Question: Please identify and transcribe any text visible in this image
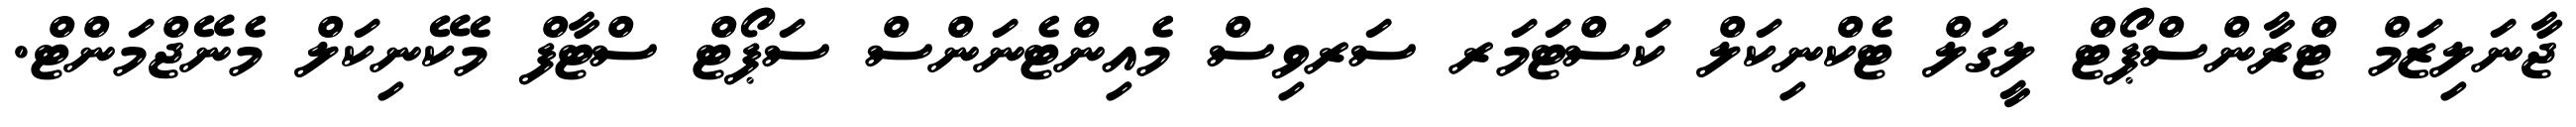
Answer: ޖާނަލިޒަމް ޓްރާންސްޕޯޓް ލީގަލް ޓެކްނިކަލް ކަސްޓަމަރ ސަރވިސް މެއިންޓެނަންސް ސަޕޯޓް ސްޓާފް މެކޭނިކަލް މެނޭޖްމަންޓް.